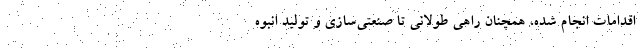
اقدامات انجام شده، همچنان راهی طولانی تا صنعتی‌سازی و تولید انبوه